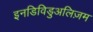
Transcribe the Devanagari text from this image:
इनडिविडुअलिज़म